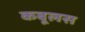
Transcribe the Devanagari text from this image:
कबूलस